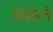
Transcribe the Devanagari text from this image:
गॅबोरने